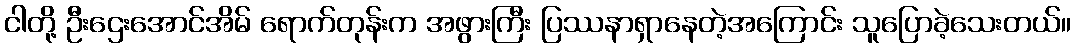
ငါတို့ ဦးဌေးအောင်အိမ် ရောက်တုန်းက အဖွားကြီး ပြဿနာရှာနေတဲ့အကြောင်း သူပြောခဲ့သေးတယ်။